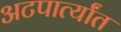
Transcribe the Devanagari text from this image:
अटपार्त्यांत